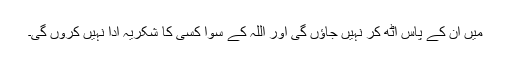
مَیں ان کے پاس اٹھ کر نہیں جاؤں گی اور اللہ کے سوا کسی کا شکریہ ادا نہیں کروں گی۔